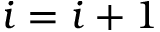
i = i + 1